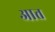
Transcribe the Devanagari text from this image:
आत्त